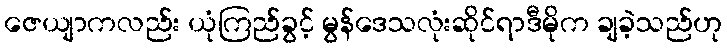
ဇေယျာကလည်း ယုံကြည်ခွင့် မွန်ဒေသလုံးဆိုင်ရာဒီမိုက ချခဲ့သည်ဟု